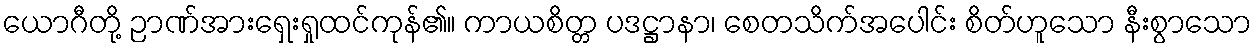
ယောဂီတို့ ဉာဏ်အားရှေးရှုထင်ကုန်၏။ ကာယစိတ္တ ပဒဋ္ဌာနာ၊ စေတသိက်အပေါင်း စိတ်ဟူသော နီးစွာသော